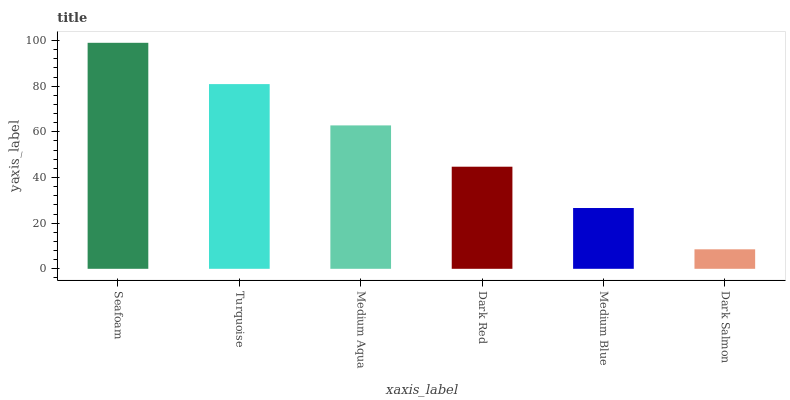
| xaxis_label | bars |
 | --- | --- |
 | Seafoam | 99 |
 | Turquoise | 80.9 |
 | Medium Aqua | 62.8 |
 | Dark Red | 44.7 |
 | Medium Blue | 26.6 |
 | Dark Salmon | 8.54 |